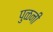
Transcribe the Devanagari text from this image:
पुळनी